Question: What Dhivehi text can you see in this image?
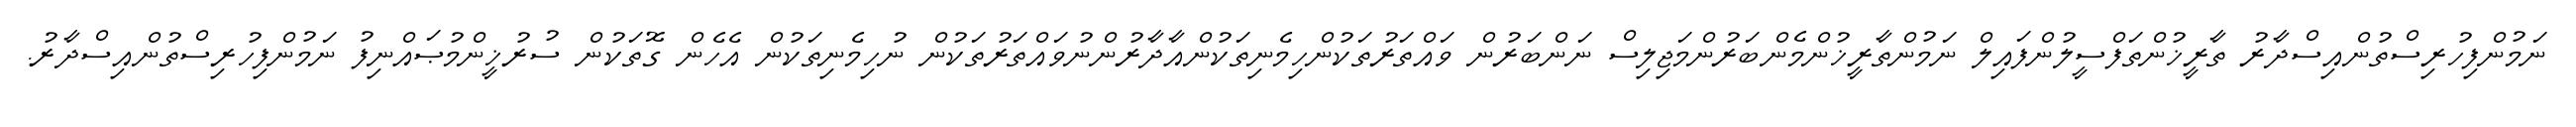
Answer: ނަމުންފިހުރިސްތުންއިސްދާރު ތާރީޚުންތަފްސީލުންފައިލް ނަމުންތާރީޚުންމެންބަރުންމަޖިލިސް ނަންބަރުން ވައްތަރުތަކުންހިމެނިތަކުންއާދާރުންނުވައްތަރުތަކުން ނުހިމެނިތަކުން އެހެން ގޮތަކުން ސުރުޚީންމުޞައްނިފު ނަމުންފިހުރިސްތުންއިސްދާރު.